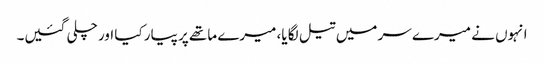
انہوں نے میرے سر میں تیل لگا یا، میرے ماتھے پر پیار کیا اور چلی گئیں۔